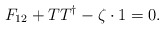
\begin{align*}F_{12}+TT^\dagger-\zeta\cdot 1=0. \end{align*}